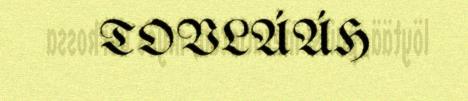
TOVLÁÁH